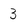
Character: 3